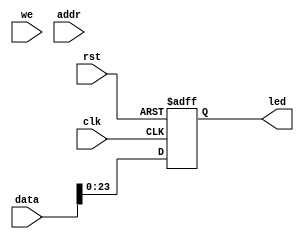
`timescale 1ns / 1ps
//////////////////////////////////////////////////////////////////////////////////
// Company: 
// Engineer: 
// 
// Design Name: 
// Module Name: InterfaceLED
// Project Name: 
// Target Devices: 
// Tool Versions: 
// Description: 
// 
// Dependencies: 
// 
// Revision:
// Revision 0.01 - File Created
// Additional Comments:
// 
//////////////////////////////////////////////////////////////////////////////////


module InterfaceLED(
    input rst,
    input clk,
    input we,
    input [31:0] addr,
    input [31:0] data,
    output reg [23:0] led
    
    );
    
    always @(posedge clk or posedge rst) begin
        if(rst)
            led <= 24'h00000;
        else 
            led <= data[23:0];
    end
    
    
endmodule